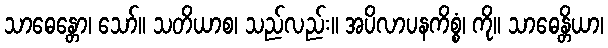
သာဓေန္တော၊ သော်။ သတိယာစ၊ သည်လည်း။ အပိလာပနကိစ္စံ၊ ကို။ သာဓေန္တိယာ၊